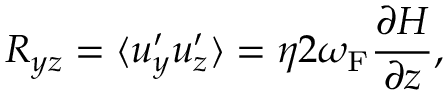
{ \cal { R } } _ { y z } = \langle { u _ { y } ^ { \prime } u _ { z } ^ { \prime } } \rangle = \eta 2 \omega _ { \mathrm { { F } } } \frac { \partial H } { \partial z } ,